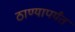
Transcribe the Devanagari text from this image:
ठाण्यापर्यंत